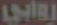
روابي